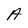
Character: A